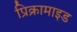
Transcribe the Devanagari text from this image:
प्रिक्रामाइड